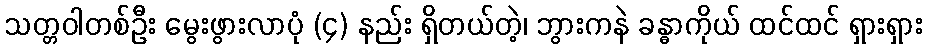
သတ္တဝါတစ်ဦး မွေးဖွားလာပုံ (၄) နည်း ရှိတယ်တဲ့၊ ဘွားကနဲ ခန္ဓာကိုယ် ထင်ထင် ရှားရှား